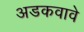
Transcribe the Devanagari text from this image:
अडकवावे